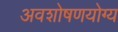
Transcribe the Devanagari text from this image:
अवशोषणयोग्य